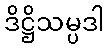
ဒိဋ္ဌိသမ္ပဒါ